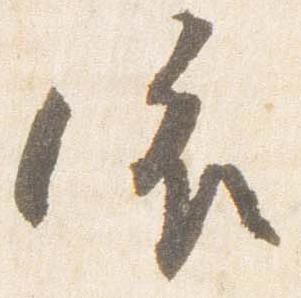
依